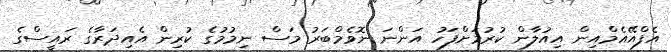
އެފްއޭއެމްއިން އިއުލާން ކުރުމަށްފަހު އަންނަ ނޮވެމްބަރު މަސް ނިމުމުގެ ކުރިން އެއިދަރާގެ ރައީސްގެ